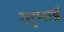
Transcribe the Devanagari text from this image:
रतुभाई